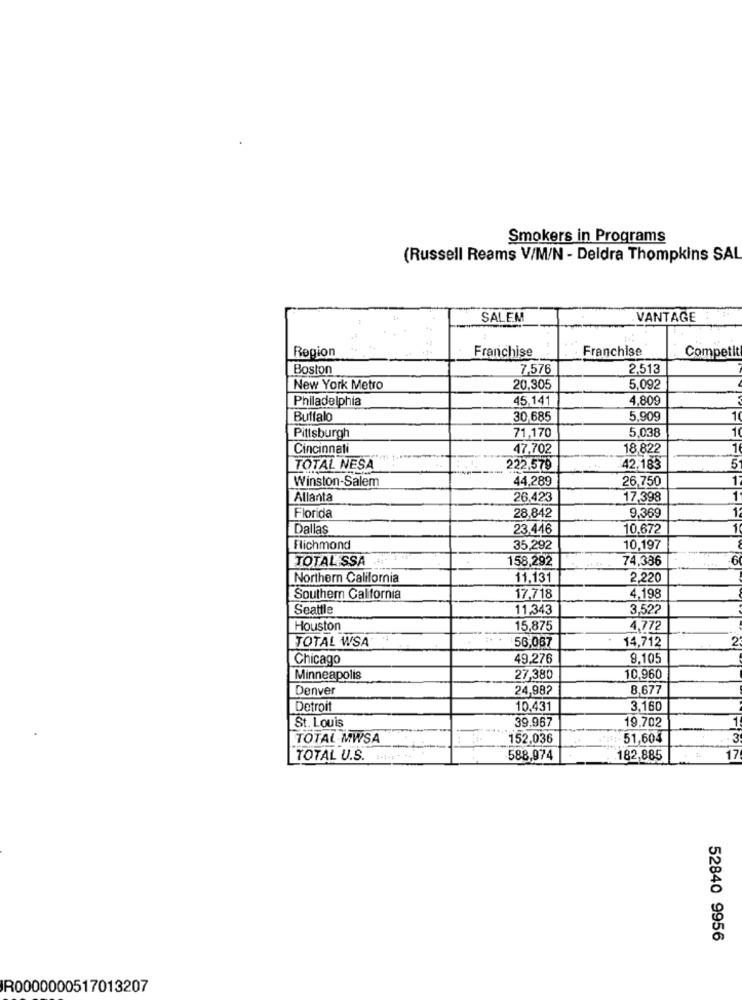
Smokers in Programs
(Russell Reams V/M/N - Deldra Thompkins SAL
SALEM
VANTAGE
Region
Franchise
Competit
Franchise
Boston
7,576
2,513
New York Metro
20,305
5,092
Philadelphia
45.141
4,809
Buffalo
30,685
5,909
71,170
5,038
10
Pittsburgh
Cincinnati
47,702
18.822
TOTAL NESA
222,579
42.183
Winston-Salem
44,289
26,750
Allanta
26.423
17,398
Florida
28.842
9,369
Dallas
23.446
10,672
Flichmond
35,292
10,197
TOTAL SSA
158,292
74,386
6
Northern California
11,131
2,220
Southern California
17,718
4,198
Seattle
11,343
3.522
Houston
15,875
4,772
TOTAL WSA
:56,067
14,712
2
Chicago
49.276
9,105
Minneapolis
27,380
10,960
Denver
24,98?
8,677
Detroit
10.431
3,160
St. Louis
39.967
19,702
TOTAL MWSA
152.036
51,604
TOTAL U.S.
588,974
182,885
17
52840 9956
IR0000000517013207